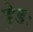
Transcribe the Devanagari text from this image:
ड्रेडः